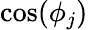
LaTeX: \cos(\phi_{j})